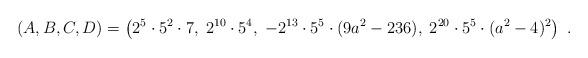
LaTeX: \begin{align*} (A,B,C,D) = \left( 2^5\cdot5^2\cdot7 , \; 2^{10}\cdot5^4 , \; {-2^{13}}\cdot5^5\cdot(9a^2-236) , \; 2^{20}\cdot5^5\cdot(a^2-4)^2 \right) \ .\end{align*}